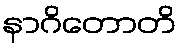
နာဂိတောတိ